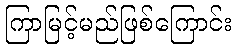
ကြာမြင့်မည်ဖြစ်ကြောင်း